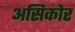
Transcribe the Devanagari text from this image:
असिकोर